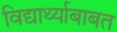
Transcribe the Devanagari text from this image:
विद्यार्थ्याबाबत